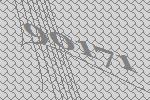
90171